Lock hospitals Punjab
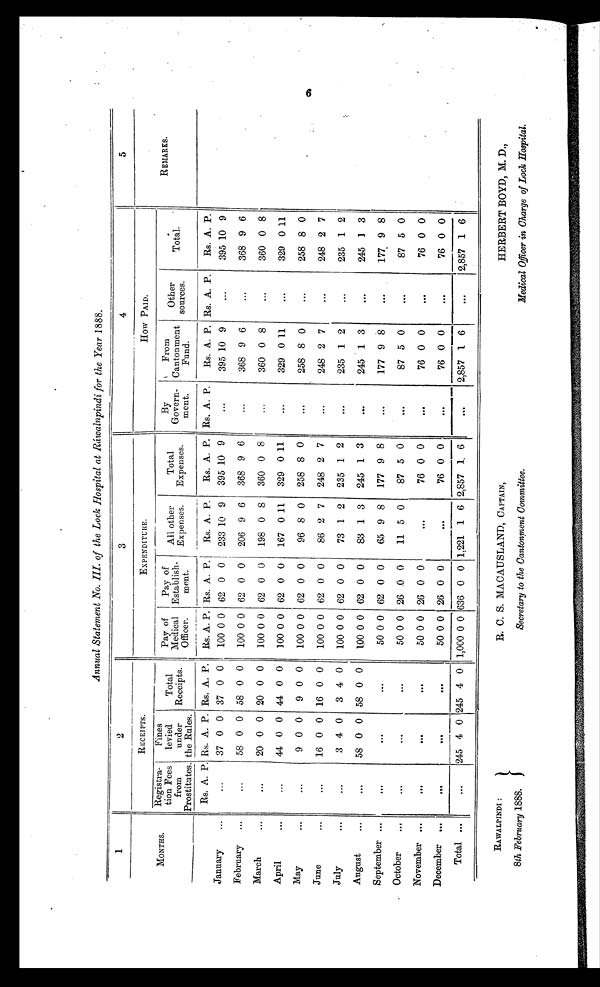
RAWALPINDI :
8th February 1888.
R. C. S. MACAUSLAND, CAPTAIN,
Secretary to the Cantonment Committee.
HERBERT BOYD, M. D.,
Medical Officer in Charge of Lock Hospital.
Annual Statement No. III. of the Lock Hospital at Ráwalnpindi for the Year 1 8 8 8 .
1
2
3
4
5
MONTHS.
RECEIPTS.
EXPENDITURE.
HOW PAID.
REMARKS.
Registra-
tion Fees
from
Prostitutes.
Fines
levied
under
the Rules.
Total
Receipts.
Pay of
Medical
Officer.
Pay of
Establish-
ment.
All other
Expenses.
Total
Expenses.
By
Govern-m e n t .
From
Cantonment
Fund.
Other
sources.
Total.
Rs. A. P. Rs. A. P. Rs. A. P. Rs. A. P. Rs. A. P.
Rs. A. P.
Rs. A. P. Rs. A. P.
Rs. A. P. Rs. A. P.
Rs. A. P.
January
...
. . .
37 0 0 37 0 0
100 0 0 62 0 0
233 10 9
395 10 9 ...
395 10 9
. . . 395 10 9
February
. . .
... ...
5 8 0 0 58 0 0
100 0 0 62 0 0
206 9 6
368 9 6
...
368 9 6
...
368 9 6
March
... ...
...
2 0 0 0 20 0 0
100 0 0 62 0 0
198 0 8
360 0 8
...
360 0 8
. . .
360 0 8
April
...
...
44 0 0 44 0 0
100 0 0 62 0 0
167 0 11
329 0 11
. . . 329 0 11
. . .
329 0 11
May
. . .
...
9 0 0
9 0 0
100 0 0 62 0 0
96 8 0
258 8 0
...
258 8 0
...
258 8 0
June
. . .
...
1 6 0 0 16 0 0
100 0 0 62 0 0
86 2 7
248 2 7
. . . 248 2 7
...
248 2 7
July
. . .
...
3 4 0
3 4 0
100 0 0 62 0 0
73 1 2
235 1 2
...
235 1 2
...
235 1 2
August
...
. . . 58 0 0 58 0 0
100 0 0 62 0 0
83 1 3
245 1 3
. . . 245 1 3
...
245 1 3
September ...
. . .
. . .
. . .
50 0 0 62 0 0
65 9 8
177 9 8
. . .
177 9 8
...
177 9 8
October
. . .
. . .
. . .
. . .
50 0 0 26 0 0
11 5 0
87 5 0
. . .
87 5 0
. . .
87 5 0
November ...
. . .
. . .
. . .
50 0 0 26 0 0
. . . 76 0 0
. . . 76 0 0
...
76 0 0
December ...
. . .
. . .
. . .
50 0 0 26 0 0
...
76 0 0
. . .
76 0 0
...
76 0 0
Total
. . .
...
245 4 0 245 4 0 1,000 0 0 636 0 0 1,221 1 6 2,857 1 6
...
2,857 1 6
...
2,857 1 6